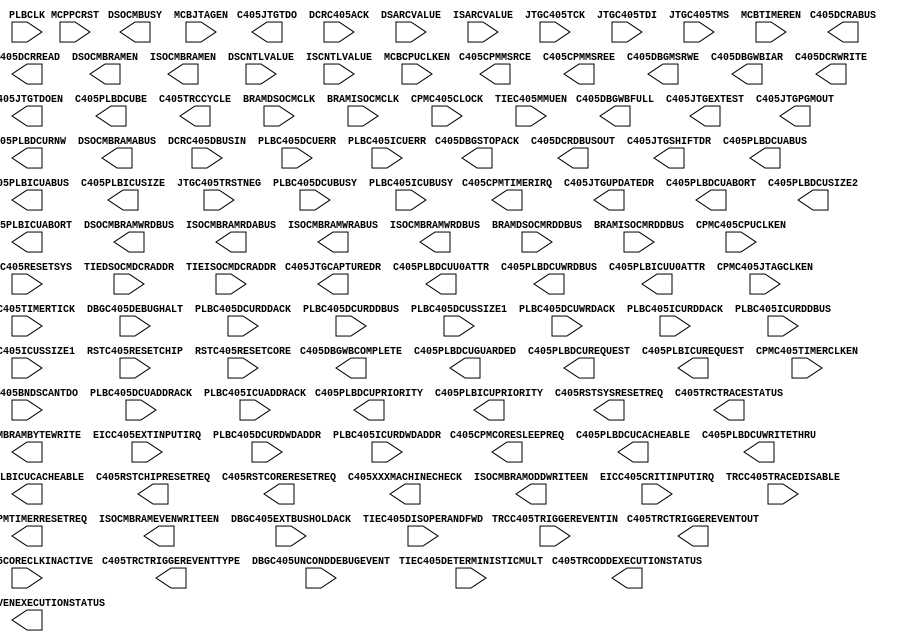
// $Header: /devl/xcs/repo/env/Databases/CAEInterfaces/verplex_libs/data/simprims/X_PPC405.v,v 1.7.144.3 2004/09/28 20:47:46 wloo Exp $

/*

		: Power PC

*/

`timescale  1 ps / 1 ps

module X_PPC405 (
		C405CPMCORESLEEPREQ,
		C405CPMMSRCE,
		C405CPMMSREE,
		C405CPMTIMERIRQ,
		C405CPMTIMERRESETREQ,
		C405DBGMSRWE,
		C405DBGSTOPACK,
		C405DBGWBCOMPLETE,
		C405DBGWBFULL,
		C405DBGWBIAR,
		C405DCRABUS,
		C405DCRDBUSOUT,
		C405DCRREAD,
		C405DCRWRITE,
		C405JTGCAPTUREDR,
		C405JTGEXTEST,
		C405JTGPGMOUT,
		C405JTGSHIFTDR,
		C405JTGTDO,
		C405JTGTDOEN,
		C405JTGUPDATEDR,
		C405PLBDCUABORT,
		C405PLBDCUABUS,
		C405PLBDCUBE,
		C405PLBDCUCACHEABLE,
		C405PLBDCUGUARDED,
		C405PLBDCUPRIORITY,
		C405PLBDCUREQUEST,
		C405PLBDCURNW,
		C405PLBDCUSIZE2,
		C405PLBDCUU0ATTR,
		C405PLBDCUWRDBUS,
		C405PLBDCUWRITETHRU,
		C405PLBICUABORT,
		C405PLBICUABUS,
		C405PLBICUCACHEABLE,
		C405PLBICUPRIORITY,
		C405PLBICUREQUEST,
		C405PLBICUSIZE,
		C405PLBICUU0ATTR,
		C405RSTCHIPRESETREQ,
		C405RSTCORERESETREQ,
		C405RSTSYSRESETREQ,
		C405TRCCYCLE,
		C405TRCEVENEXECUTIONSTATUS,
		C405TRCODDEXECUTIONSTATUS,
		C405TRCTRACESTATUS,
		C405TRCTRIGGEREVENTOUT,
		C405TRCTRIGGEREVENTTYPE,
		C405XXXMACHINECHECK,
		DSOCMBRAMABUS,
		DSOCMBRAMBYTEWRITE,
		DSOCMBRAMEN,
		DSOCMBRAMWRDBUS,
		DSOCMBUSY,
		ISOCMBRAMEN,
		ISOCMBRAMEVENWRITEEN,
		ISOCMBRAMODDWRITEEN,
		ISOCMBRAMRDABUS,
		ISOCMBRAMWRABUS,
		ISOCMBRAMWRDBUS,

		BRAMDSOCMCLK,
		BRAMDSOCMRDDBUS,
		BRAMISOCMCLK,
		BRAMISOCMRDDBUS,
		CPMC405CLOCK,
		CPMC405CORECLKINACTIVE,
		CPMC405CPUCLKEN,
		CPMC405JTAGCLKEN,
		CPMC405TIMERCLKEN,
		CPMC405TIMERTICK,
		DBGC405DEBUGHALT,
		DBGC405EXTBUSHOLDACK,
		DBGC405UNCONDDEBUGEVENT,
		DCRC405ACK,
		DCRC405DBUSIN,
		DSARCVALUE,
		DSCNTLVALUE,
		EICC405CRITINPUTIRQ,
		EICC405EXTINPUTIRQ,
		ISARCVALUE,
		ISCNTLVALUE,
		JTGC405BNDSCANTDO,
		JTGC405TCK,
		JTGC405TDI,
		JTGC405TMS,
		JTGC405TRSTNEG,
		MCBCPUCLKEN,
		MCBJTAGEN,
		MCBTIMEREN,
		MCPPCRST,
		PLBC405DCUADDRACK,
		PLBC405DCUBUSY,
		PLBC405DCUERR,
		PLBC405DCURDDACK,
		PLBC405DCURDDBUS,
		PLBC405DCURDWDADDR,
		PLBC405DCUSSIZE1,
		PLBC405DCUWRDACK,
		PLBC405ICUADDRACK,
		PLBC405ICUBUSY,
		PLBC405ICUERR,
		PLBC405ICURDDACK,
		PLBC405ICURDDBUS,
		PLBC405ICURDWDADDR,
		PLBC405ICUSSIZE1,
		PLBCLK,
		RSTC405RESETCHIP,
		RSTC405RESETCORE,
		RSTC405RESETSYS,
		TIEC405DETERMINISTICMULT,
		TIEC405DISOPERANDFWD,
		TIEC405MMUEN,
		TIEDSOCMDCRADDR,
		TIEISOCMDCRADDR,
		TRCC405TRACEDISABLE,
		TRCC405TRIGGEREVENTIN
);

parameter in_delay=0;
parameter out_delay=0;
parameter PPCUSER = 4'b0000;

output		C405CPMCORESLEEPREQ;
output		C405CPMMSRCE;
output		C405CPMMSREE;
output		C405CPMTIMERIRQ;
output		C405CPMTIMERRESETREQ;
output		C405DBGMSRWE;
output		C405DBGSTOPACK;
output		C405DBGWBCOMPLETE;
output		C405DBGWBFULL;
output	[0:29]	C405DBGWBIAR;
output	[0:9]	C405DCRABUS;
output	[0:31]	C405DCRDBUSOUT;
output		C405DCRREAD;
output		C405DCRWRITE;
output		C405JTGCAPTUREDR;
output		C405JTGEXTEST;
output		C405JTGPGMOUT;
output		C405JTGSHIFTDR;
output		C405JTGTDO;
output		C405JTGTDOEN;
output		C405JTGUPDATEDR;
output		C405PLBDCUABORT;
output	[0:31]	C405PLBDCUABUS;
output	[0:7]	C405PLBDCUBE;
output		C405PLBDCUCACHEABLE;
output		C405PLBDCUGUARDED;
output	[0:1]	C405PLBDCUPRIORITY;
output		C405PLBDCUREQUEST;
output		C405PLBDCURNW;
output		C405PLBDCUSIZE2;
output		C405PLBDCUU0ATTR;
output	[0:63]	C405PLBDCUWRDBUS;
output		C405PLBDCUWRITETHRU;
output		C405PLBICUABORT;
output	[0:29]	C405PLBICUABUS;
output		C405PLBICUCACHEABLE;
output	[0:1]	C405PLBICUPRIORITY;
output		C405PLBICUREQUEST;
output	[2:3]	C405PLBICUSIZE;
output		C405PLBICUU0ATTR;
output		C405RSTCHIPRESETREQ;
output		C405RSTCORERESETREQ;
output		C405RSTSYSRESETREQ;
output		C405TRCCYCLE;
output	[0:1]	C405TRCEVENEXECUTIONSTATUS;
output	[0:1]	C405TRCODDEXECUTIONSTATUS;
output	[0:3]	C405TRCTRACESTATUS;
output		C405TRCTRIGGEREVENTOUT;
output	[0:10]	C405TRCTRIGGEREVENTTYPE;
output		C405XXXMACHINECHECK;
output	[8:29]	DSOCMBRAMABUS;
output	[0:3]	DSOCMBRAMBYTEWRITE;
output		DSOCMBRAMEN;
output	[0:31]	DSOCMBRAMWRDBUS;
output		DSOCMBUSY;
output		ISOCMBRAMEN;
output		ISOCMBRAMEVENWRITEEN;
output		ISOCMBRAMODDWRITEEN;
output	[8:28]	ISOCMBRAMRDABUS;
output	[8:28]	ISOCMBRAMWRABUS;
output	[0:31]	ISOCMBRAMWRDBUS;

input		BRAMDSOCMCLK;
input	[0:31]	BRAMDSOCMRDDBUS;
input		BRAMISOCMCLK;
input	[0:63]	BRAMISOCMRDDBUS;
input		CPMC405CLOCK;
input		CPMC405CORECLKINACTIVE;
input		CPMC405CPUCLKEN;
input		CPMC405JTAGCLKEN;
input		CPMC405TIMERCLKEN;
input		CPMC405TIMERTICK;
input		DBGC405DEBUGHALT;
input		DBGC405EXTBUSHOLDACK;
input		DBGC405UNCONDDEBUGEVENT;
input		DCRC405ACK;
input	[0:31]	DCRC405DBUSIN;
input	[0:7]	DSARCVALUE;
input	[0:7]	DSCNTLVALUE;
input		EICC405CRITINPUTIRQ;
input		EICC405EXTINPUTIRQ;
input	[0:7]	ISARCVALUE;
input	[0:7]	ISCNTLVALUE;
input		JTGC405BNDSCANTDO;
input		JTGC405TCK;
input		JTGC405TDI;
input		JTGC405TMS;
input		JTGC405TRSTNEG;
input		MCBCPUCLKEN;
input		MCBJTAGEN;
input		MCBTIMEREN;
input		MCPPCRST;
input		PLBC405DCUADDRACK;
input		PLBC405DCUBUSY;
input		PLBC405DCUERR;
input		PLBC405DCURDDACK;
input	[0:63]	PLBC405DCURDDBUS;
input	[1:3]	PLBC405DCURDWDADDR;
input		PLBC405DCUSSIZE1;
input		PLBC405DCUWRDACK;
input		PLBC405ICUADDRACK;
input		PLBC405ICUBUSY;
input		PLBC405ICUERR;
input		PLBC405ICURDDACK;
input	[0:63]	PLBC405ICURDDBUS;
input	[1:3]	PLBC405ICURDWDADDR;
input		PLBC405ICUSSIZE1;
input		PLBCLK;
input		RSTC405RESETCHIP;
input		RSTC405RESETCORE;
input		RSTC405RESETSYS;
input		TIEC405DETERMINISTICMULT;
input		TIEC405DISOPERANDFWD;
input		TIEC405MMUEN;
input	[0:7]	TIEDSOCMDCRADDR;
input	[0:7]	TIEISOCMDCRADDR;
input		TRCC405TRACEDISABLE;
input		TRCC405TRIGGEREVENTIN;
   
endmodule